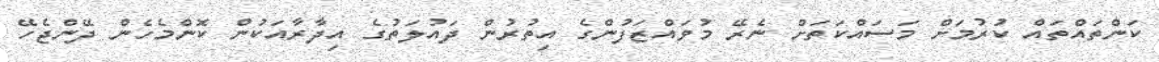
ކަންތައްތައް ކުރުމަށް މަސައްކަތަށް ނެރޭ މުވައްޒަފުންގެ އިތުރުން ދައުލަތުގެ އިދާރާއަކުން ކޮންމެހެން ދޭންޖެހޭ